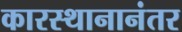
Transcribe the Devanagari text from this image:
कारस्थानानंतर